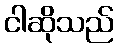
ငါဆိုသည်